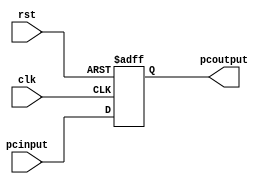
`timescale 1ns / 1ps
//////////////////////////////////////////////////////////////////////////////////
// Company: 
// 
// Design Name: 
// Module Name: program_counter
// Project Name: Single Cycle CPU
// Target Devices: 
// Tool Versions: 
// Description: 
// 
// Dependencies: 
// 
// Revision:
// Revision 0.01 - File Created
// Additional Comments:
// 
//////////////////////////////////////////////////////////////////////////////////


module program_counter(pcinput, pcoutput, clk, rst);
    input [31:0] pcinput;
    output reg [31:0] pcoutput;
    input clk,rst;
    always@(posedge clk, posedge rst)
    begin
        if(rst == 1'b1) pcoutput <= 0;
        else pcoutput <= pcinput;
    end
endmodule